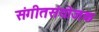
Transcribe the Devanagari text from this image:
संगीतसंयोजक